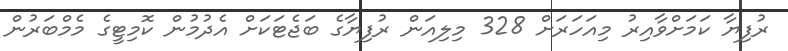
ރުފިޔާ ކަމަށްވާއިރު މިއަހަރަށް 328 މިލިއަން ރުފިޔާގެ ބަޖެޓަކަށް އެދުމުން ކޮމިޓީގެ މެމްބަރުން